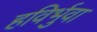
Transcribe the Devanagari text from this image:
हविर्भुवा